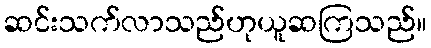
ဆင်းသက်လာသည်ဟုယူဆကြသည်။